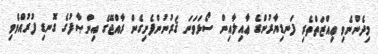
މިދެންނެވި ޢިއްޒަތްތެރި ފަނޑިޔާރުންގެ ޢާއިލާއިން ސޯޅަވަނަ ޤަރުނުންފެށިގެން ރާއްޖޭގެ އިންޞާފުގެ ގޮނޑި ފުރުއްވެވި